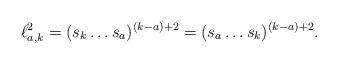
LaTeX: \begin{align*}\ell_{a,k}^{2}&= (s_{k} \hdots s_{a})^{(k-a)+2}= (s_{a} \hdots s_{k})^{(k-a)+2}.\end{align*}